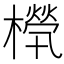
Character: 𣜧